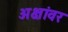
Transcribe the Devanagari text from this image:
अक्षांवर